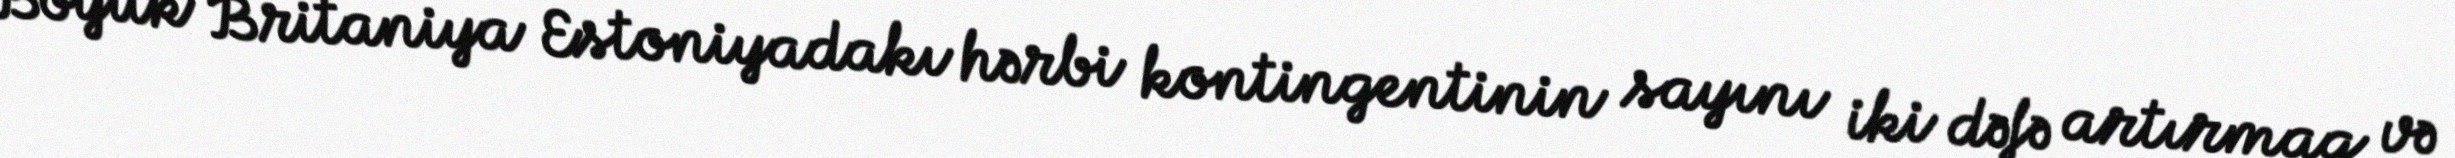
Böyük Britaniya Estoniyadakı hərbi kontingentinin sayını iki dəfə artırmaq və